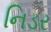
નિડર